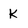
Character: K